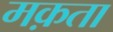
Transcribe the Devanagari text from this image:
मक़ता